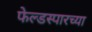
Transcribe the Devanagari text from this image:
फेल्डस्पारच्या